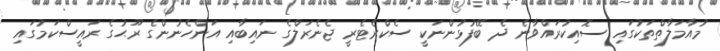
މުއާމަލާތްތަކުގައި ސޮއިކުރައްވާނެ ދެ ބޭފުޅުންނަކީ ސެކްރެޓެރީ ޖެނެރަލްގެ ނައިބާއި އަންހެނުންގެ ރޫޙުގެ ރައީސްކަމުގައި